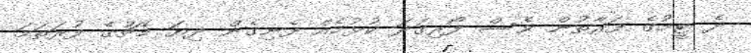
ދެ ޓީމުގެ ފަރާތުން ވެސް ފޯރިގަދަ ކުޅުމެއް ފެނިގެން ދިޔަ މެޗުގެ ފުރަތަމަ